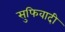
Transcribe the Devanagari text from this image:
सुफिवादी